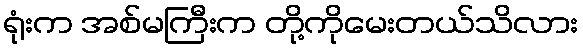
ရုံးက အစ်မကြီးက တို့ကိုမေးတယ်သိလား